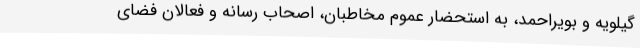
گیلویه و بویراحمد، به استحضار عموم مخاطبان، اصحاب رسانه و فعالان فضای